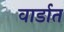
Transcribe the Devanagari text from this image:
वार्डात